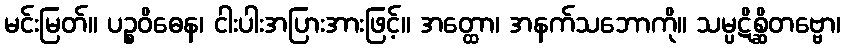
မင်းမြတ်။ ပဉ္စဝိဓေန၊ ငါးပါးအပြားအားဖြင့်။ အတ္ထော၊ အနက်သဘောကို။ သမ္ပဋိစ္ဆိတဗ္ဗော၊